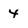
Character: 4